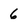
Character: 6